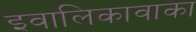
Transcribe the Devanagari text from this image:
इवालिकावाका